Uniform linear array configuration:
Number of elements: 8
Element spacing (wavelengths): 0.5
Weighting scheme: cosine
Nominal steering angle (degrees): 45
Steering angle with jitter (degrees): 45.026
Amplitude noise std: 0.05
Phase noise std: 0.05

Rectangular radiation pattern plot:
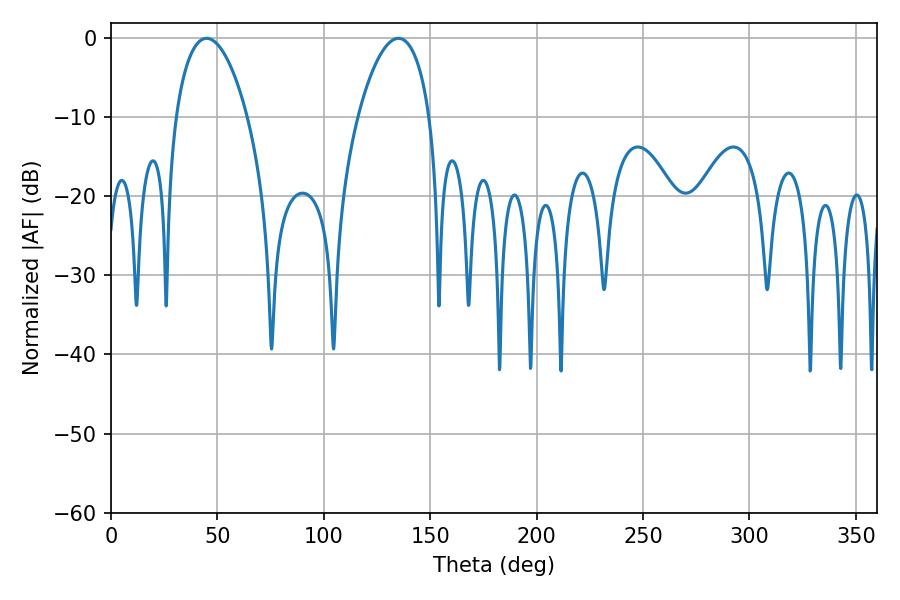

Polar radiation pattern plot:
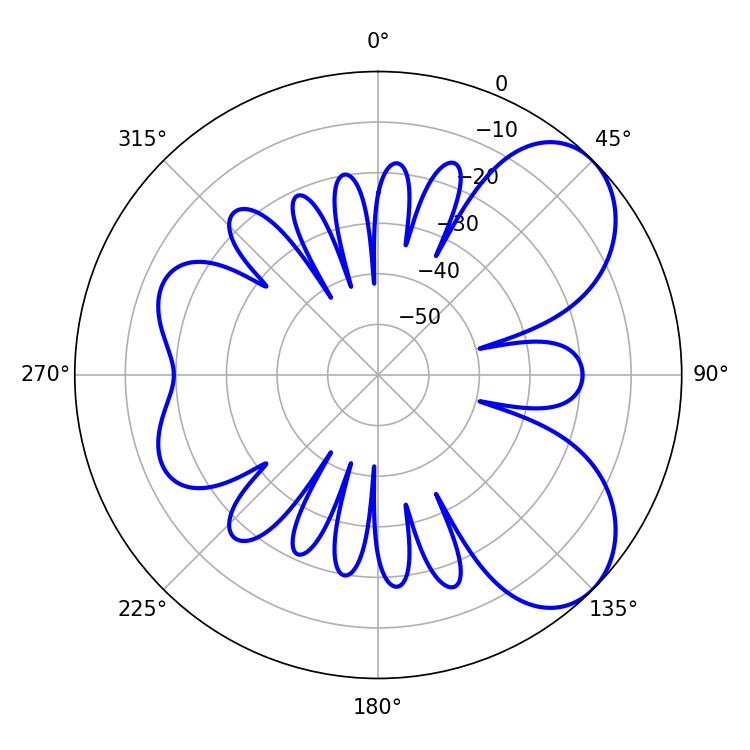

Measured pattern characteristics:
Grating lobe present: FALSE
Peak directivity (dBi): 6.301
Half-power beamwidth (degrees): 19.08
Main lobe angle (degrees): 45